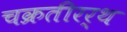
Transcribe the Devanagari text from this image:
चक्रतीरर्थ